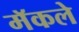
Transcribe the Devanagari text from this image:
मॅकले